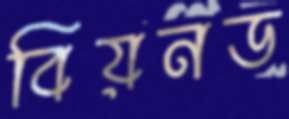
বিয়নড